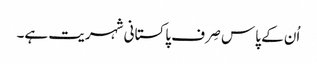
اُن کے پاس صِرف پاکستانی شہریت ہے۔